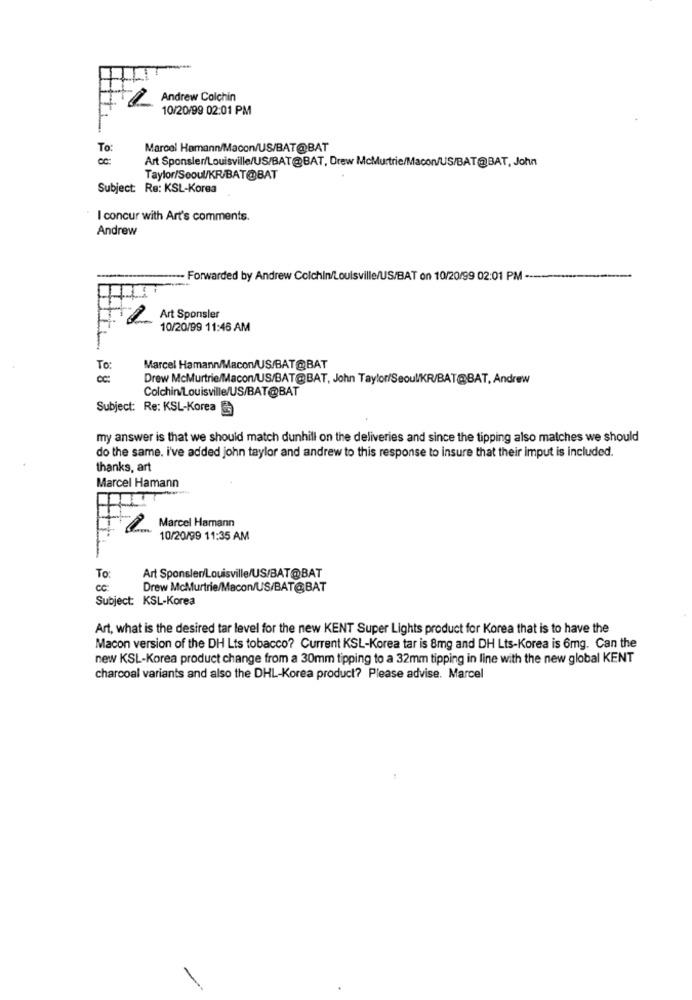
-
Andrew Colchin
10/20/99 02:01 PM
To:
Marcel Hamann/Macon/US/BAT@BAT
Art Sponsler/Louisville/US/BAT@BAT, Drew McMurtrie/Macon/US/BAT@BAT, John
Taylor/Seoul/KR/BAT@BAT
Subject: Re: KSL-Korea
I concur with Art's comments.
Andrew
- Forwarded by Andrew Colchin/Louisville/US/BAT on 10/20/99 02:01 PM -
Art Sponsler
10/20/99 11:46 AM
To:
Marcel Hamann/Maconv/US/BAT@BAT
CC:
Drew McMurtrie/Macon/US/BAT@BAT, John Taylor/Seoul/KR/BAT@BAT, Andrew
Colchin/Louisville/US/BAT@BAT
Subject: Re: KSL-Korea
my answer is that we should match dunhill on the deliveries and since the tipping also matches we should
do the same. i've added john taylor and andrew to this response to insure that their imput is included.
thanks, art
Marcel Hamann
Marcel Hamann
10/20/99 11:35 AM
To
Art Sponsler/Louisville/US/BAT@BAT
Drew McMurtrie/Macon/US/BAT@BAT
Subject: KSL-Korea
Art, what is the desired tar level for the new KENT Super Lights product for Korea that is to have the
Macon version of the DH Lts tobacco? Current KSL-Korea tar is 8mg and DH Lts-Korea is 6mg. Can the
new KSL-Korea product change from a 30mm tipping to a 32mm tipping in line with the new global KENT
charcoal variants and also the DHL-Korea product? Please advise. Marcel